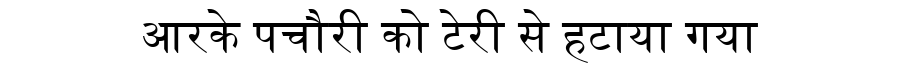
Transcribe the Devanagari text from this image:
आरके पचौरी को टेरी से हटाया गया